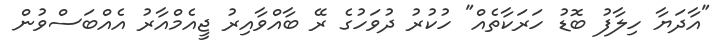
"އާދަޔާ ހިލާފު ބޮޑު ހަރަކާތެއް" ހުކުރު ދުވަހުގެ ރޭ ބާއްވާއިރު ޖީއެމްއާރު އެއްބަސްވުން